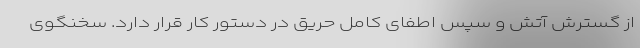
از گسترش آتش و سپس اطفای کامل حریق در دستور کار قرار دارد. سخنگوی